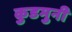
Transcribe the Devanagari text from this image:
कुडमुनी